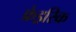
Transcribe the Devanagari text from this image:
फ्रेड्ररिक